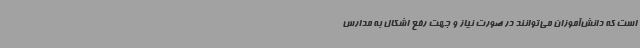
است که دانش‌آموزان می‌توانند در صورت نیاز و جهت رفع اشکال به مدارس